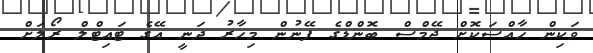
ވަކިން ހާއްސަކޮށް ޖޭމްސް ބޮންޑްގެ ފޭނުން މިހާރު ދަނީ އޭގެ ޓައިޓްލް ރޯލަށް